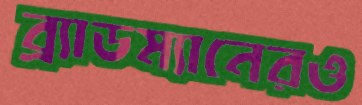
ব্র্যাডম্যানেরও